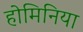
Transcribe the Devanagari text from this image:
होमिनिया